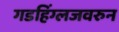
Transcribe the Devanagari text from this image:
गडहिंग्लजवरुन